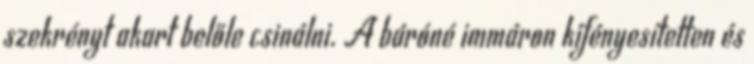
szekrényt akart belőle csinálni. A báróné immáron kifényesítetten és